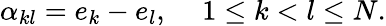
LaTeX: \alpha_{kl}=e_{k}-e_{l},\, \, \, \, \, \, \, 1\le k<l\le N.